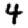
Digit: 4